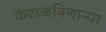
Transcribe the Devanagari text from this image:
कंटाळविणाऱ्या